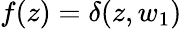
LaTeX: {f(z)=\delta(z,w_{1})}